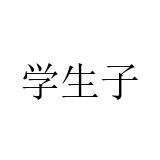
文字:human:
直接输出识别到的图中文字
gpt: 学生子